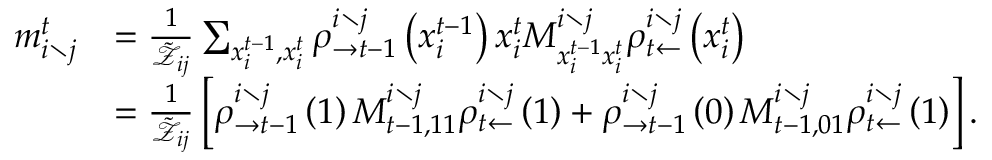
\begin{array} { r l } { m _ { i \setminus j } ^ { t } } & { = \frac { 1 } { \tilde { \mathcal { Z } } _ { i j } } \sum _ { x _ { i } ^ { t - 1 } , x _ { i } ^ { t } } \rho _ { \rightarrow t - 1 } ^ { i \setminus j } \left( x _ { i } ^ { t - 1 } \right) x _ { i } ^ { t } M _ { x _ { i } ^ { t - 1 } x _ { i } ^ { t } } ^ { i \setminus j } \rho _ { t \leftarrow } ^ { i \setminus j } \left( x _ { i } ^ { t } \right) } \\ & { = \frac { 1 } { \tilde { \mathcal { Z } } _ { i j } } \left[ \rho _ { \rightarrow t - 1 } ^ { i \setminus j } \left( 1 \right) M _ { t - 1 , 1 1 } ^ { i \setminus j } \rho _ { t \leftarrow } ^ { i \setminus j } \left( 1 \right) + \rho _ { \rightarrow t - 1 } ^ { i \setminus j } \left( 0 \right) M _ { t - 1 , 0 1 } ^ { i \setminus j } \rho _ { t \leftarrow } ^ { i \setminus j } \left( 1 \right) \right] . } \end{array}